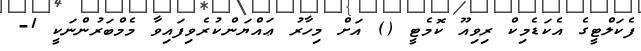
ފެކަލްޓީގެ އެކަޑެމިކް ރިވިއޫ ކޮމެޓީ () އަށް މިހާރު ޢައްޔަންކުރެވިފައިވާ މެމްބަރުންނަކީ 1-